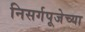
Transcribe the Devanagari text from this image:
निसर्गपूजेच्या